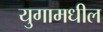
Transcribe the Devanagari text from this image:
युगामधील